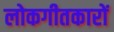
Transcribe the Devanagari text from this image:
लोकगीतकारों